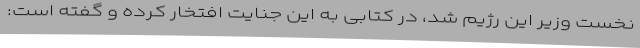
نخست وزیر این رژیم شد، در کتابی به این جنایت افتخار کرده و گفته است: